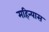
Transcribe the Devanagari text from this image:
महिन्यास